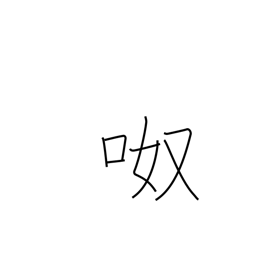
Meaning: noisy